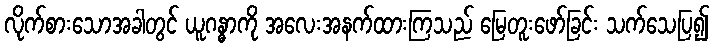
လိုက်စားသောအခါတွင် ယူဂန္ဓာကို အလေးအနက်ထားကြသည် မြေတူးဖော်ခြင်း သက်သေပြ၍